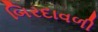
બિરદાવળી